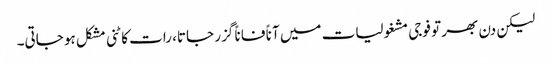
لیکن دن بھر تو فوجی مشغولیات میں آناً فاناً گزر جاتا، رات کاٹنی مشکل ہو جاتی۔